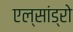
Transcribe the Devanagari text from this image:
एल्‍सांड्रो